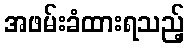
အဖမ်းခံထားရသည့်